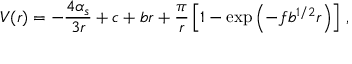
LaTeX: V ( r ) = - { \frac { 4 \alpha _ { s } } { 3 r } } + c + b r + { \frac { \pi } { r } } \left[ 1 - \exp \left( - f b ^ { 1 / 2 } r \right) \right] \, ,